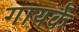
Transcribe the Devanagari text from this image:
गायर्के